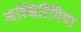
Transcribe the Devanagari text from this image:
अस्सिरिंगिया